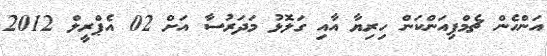
އަންހެން ޗެމްޕިއަންކަން ހިރިޔާ އާއި ގަލޮޅު މަދަރުސާ އަށް 02 އެޕްރީލް 2012